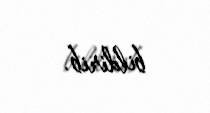
bildirib.